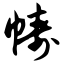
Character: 帱